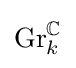
\mathrm {Gr} _{k}^{\mathbb {C} }